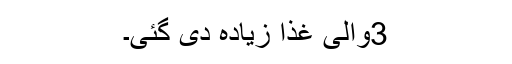
3والی غذا زیادہ دی گئی۔